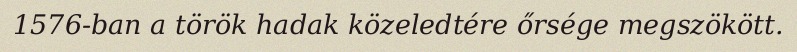
1576-ban a török hadak közeledtére őrsége megszökött.